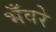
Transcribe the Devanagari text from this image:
भँवरे